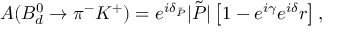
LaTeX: A ( B _ { d } ^ { 0 } \to \pi ^ { - } K ^ { + } ) = e ^ { i \delta _ { \tilde { P } } } | \tilde { P } | \left[ 1 - e ^ { i \gamma } e ^ { i \delta } r \right] ,